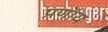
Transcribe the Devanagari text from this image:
प्रणॉय